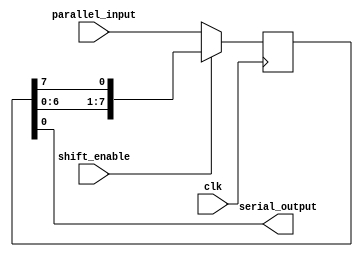
module parallel_in_serial_out_register (
    input clk,
    input shift_enable,
    input [7:0] parallel_input,
    output serial_output
);

reg [7:0] register;

always @(posedge clk) begin
    if (shift_enable) begin
        register <= {register[6:0], register[7]};
    end else begin
        register <= parallel_input;
    end
end

assign serial_output = register[0];

endmodule